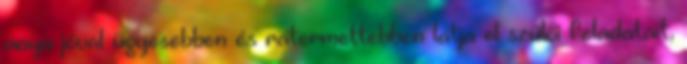
anya jóval ügyesebben és rátermettebben látja el szülői feladatait,